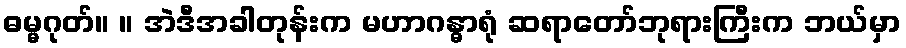
ဓမ္မဂုတ်။ ။ အဲဒီအခါတုန်းက မဟာဂန္ဓာရုံ ဆရာတော်ဘုရားကြီးက ဘယ်မှာ